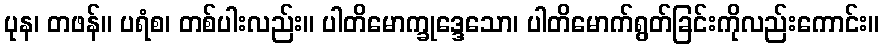
ပုန၊ တဖန်။ ပရံစ၊ တစ်ပါးလည်း။ ပါတိမောက္ခုဒ္ဒေသော၊ ပါတိမောက်ရွတ်ခြင်းကိုလည်းကောင်း။